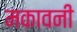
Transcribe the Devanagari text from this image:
मकावनी